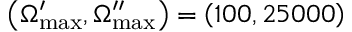
\left( \Omega _ { \mathrm { m a x } } ^ { \prime } , \Omega _ { \mathrm { m a x } } ^ { \prime \prime } \right) = \left( 1 0 0 , 2 5 0 0 0 \right)